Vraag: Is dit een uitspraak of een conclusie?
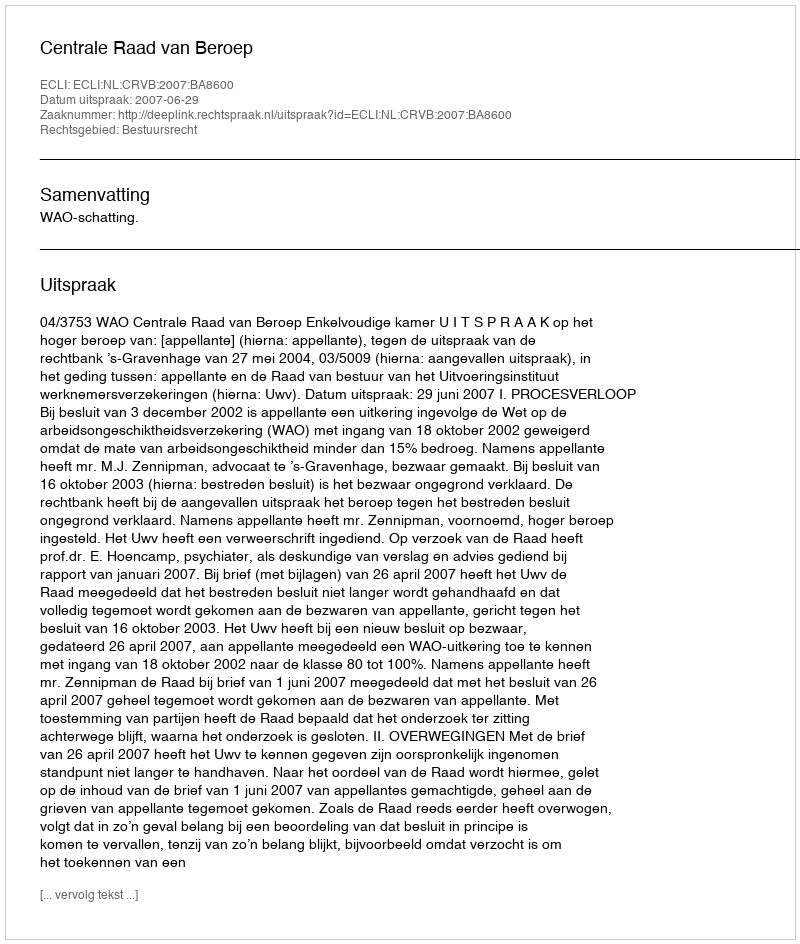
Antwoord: Uitspraak